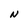
Character: N